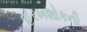
હરખશોકની